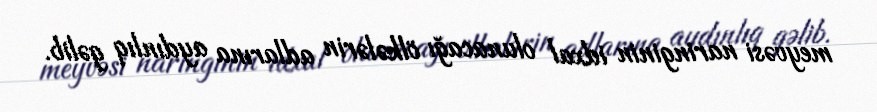
meyvəsi naringinin idxal olunacağı ölkələrin adlarına aydınlıq gəlib.